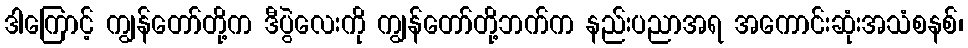
ဒါကြောင့် ကျွန်တော်တို့က ဒီပွဲလေးကို ကျွန်တော်တို့ဘက်က နည်းပညာအရ အကောင်းဆုံးအသံစနစ်၊